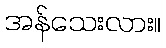
အန်သေးလား။